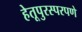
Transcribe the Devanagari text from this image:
हेतूपुरस्परपणे